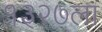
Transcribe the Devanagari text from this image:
१३२७ला